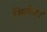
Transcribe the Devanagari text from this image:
मिलेगे।